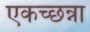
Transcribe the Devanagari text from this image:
एकच्छन्ना